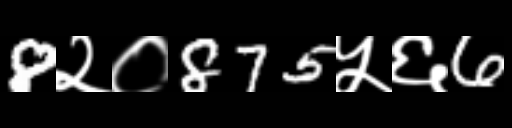
Text: 8२०875५६6